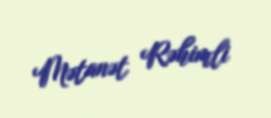
Mətanət Rəhimli